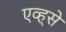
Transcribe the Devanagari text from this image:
एव्ह्से